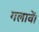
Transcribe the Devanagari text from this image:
गलावें।